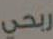
ربحي